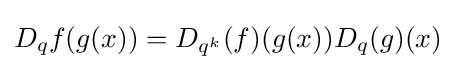
\displaystyle D_{q}f(g(x))=D_{q^{k}}(f)(g(x))D_{q}(g)(x)